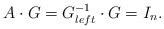
LaTeX: \begin{align*} A \cdot G = G_{left}^{-1} \cdot G = I_n. \end{align*}